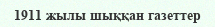
1911 жылы шыққан газеттер